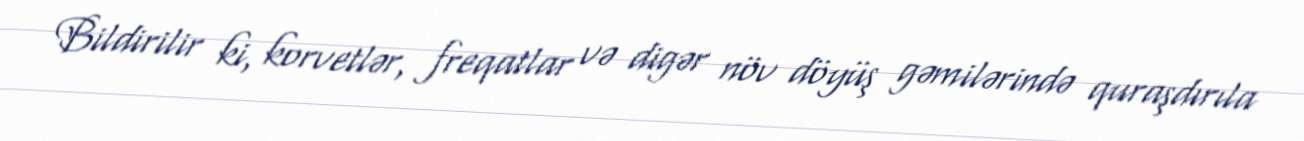
Bildirilir ki, korvetlər, freqatlar və digər növ döyüş gəmilərində quraşdırıla